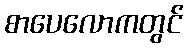
စာပေလောကတွင်